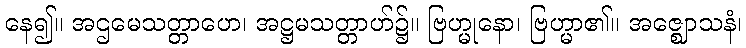
နေ၍။ အဌမေသတ္တာဟေ၊ အဋ္ဌမသတ္တာဟ်၌။ ဗြဟ္မုနော၊ ဗြဟ္မာ၏။ အဇ္ဈောသနံ၊